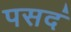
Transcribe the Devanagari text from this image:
पसदं